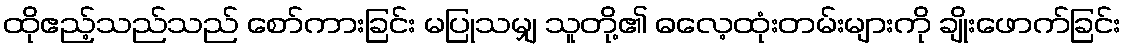
ထိုဧည့်သည်သည် စော်ကားခြင်း မပြုသမျှ သူတို့၏ ဓလေ့ထုံးတမ်းများကို ချိုးဖောက်ခြင်း